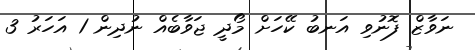
ނަވާޒް ފޮނުވި އަނބު ކޭހަށް މޯދީ ޖަވާބެއް ނުދިން 1 އަހަރު 3